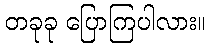
တခုခု ပြောကြပါလား။